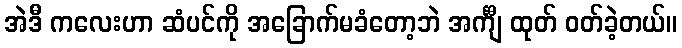
အဲဒီ ကလေးဟာ ဆံပင်ကို အခြောက်မခံတော့ဘဲ အင်္ကျီ ထုတ် ဝတ်ခဲ့တယ်။